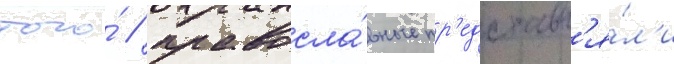
того́ / правосла́вные пр'едставл'я́л'и